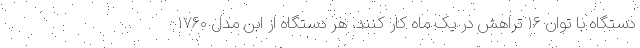
دستگاه با توان ۱۶ تراهش در یک ماه کار کنند. هر دستگاه از ابن مدل ۱۷۶۰